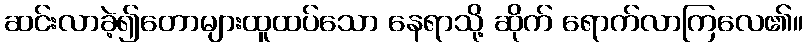
ဆင်းလာခဲ့၍တောများထူထပ်သော နေရာသို့ ဆိုက် ရောက်လာကြလေ၏။